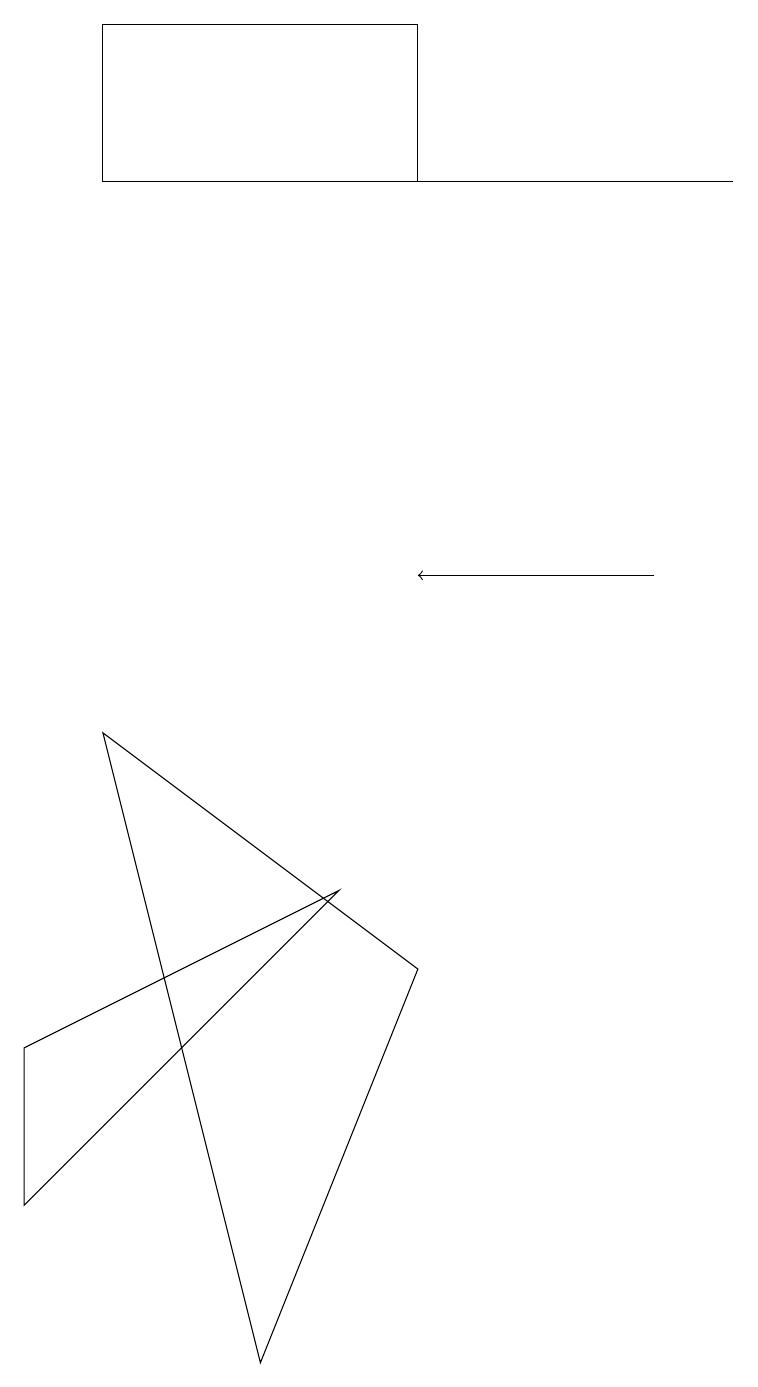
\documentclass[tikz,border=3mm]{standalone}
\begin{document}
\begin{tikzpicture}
\draw (5,17) rectangle (1,15);
\draw (4,6) -- (0,4) -- (0,2) -- cycle;
\draw[->] (8,10) -- (5,10);
\draw (9,15) rectangle (4,15);
\draw (3,0) -- (5,5) -- (1,8) -- cycle;
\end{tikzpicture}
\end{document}